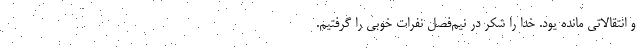
و انتقالاتی مانده یود. خدا را شکر در نیم‌فصل نفرات خوبی را گرفتیم.